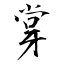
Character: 牚